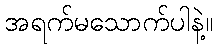
အရက်မသောက်ပါနဲ့။